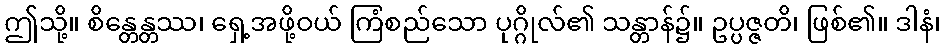
ဤသို့။ စိန္တေန္တဿ၊ ရှေ့အဖို့ဝယ် ကြံစည်သော ပုဂ္ဂိုလ်၏ သန္တာန်၌။ ဥပ္ပဇ္ဇတိ၊ ဖြစ်၏။ ဒါနံ၊